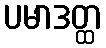
ပမာဒတ္ထ